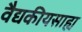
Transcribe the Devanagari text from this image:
वैद्यकीयसाह्य